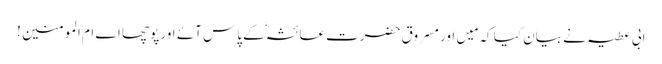
ابی عطیہ نے بیان کیا کہ مَیں اور مسروق حضرت عائشہؓ کے پاس آئے اور پوچھا اے ام المومنین !